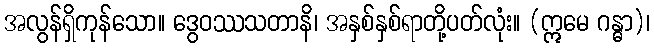
အလွန်ရှိကုန်သော။ ဒွေဝဿသတာနိ၊ အနှစ်နှစ်ရာတို့ပတ်လုံး။ (ဣမေ ဂန္ဓာ)၊